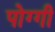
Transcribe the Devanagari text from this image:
पोग्गी